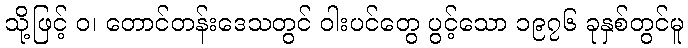
သို့ဖြင့် ဝ၊ တောင်တန်းဒေသတွင် ဝါးပင်တွေ ပွင့်သော ၁၉၇၆ ခုနှစ်တွင်မူ